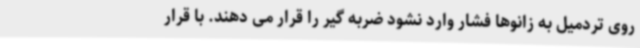
روی تردمیل به زانوها فشار وارد نشود ضربه گیر را قرار می دهند. با قرار